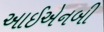
આઈએનબી